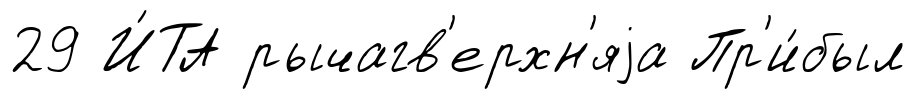
29 И́ТА рычагв'ерхн'яjа Пр'и́был